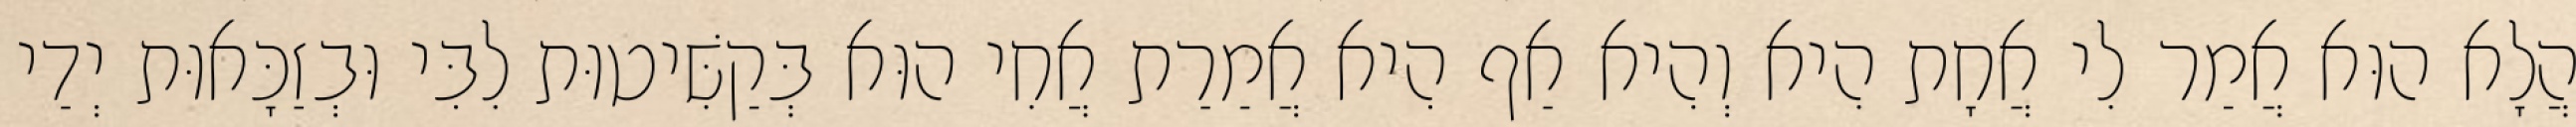
הֲלָא הוּא אֲמַר לִי אֲחָת הִיא וְהִיא אַף הִיא אֲמַרַת אֲחִי הוּא בְּקַשִּׁיטוּת לִבִּי וּבְזַכָּאוּת יְדַי